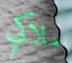
ملاكي